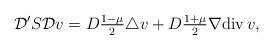
LaTeX: \begin{align*}\mathcal{D}' S \mathcal{D} v = D \tfrac{1 - \mu}{2} \triangle v + D \tfrac{1 + \mu}{2} \nabla \mathrm{div}\, v, \end{align*}